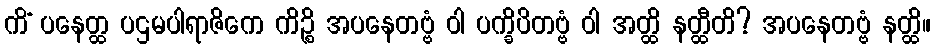
ကိံ ပနေတ္ထ ပဌမပါရာဇိကေ ကိဉ္စိ အပနေတဗ္ဗံ ဝါ ပက္ခိပိတဗ္ဗံ ဝါ အတ္ထိ နတ္ထီတိ? အပနေတဗ္ဗံ နတ္ထိ။